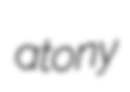
atony